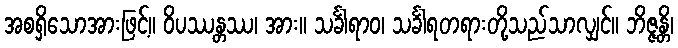
အစရှိသောအားဖြင့်။ ဝိပဿန္တဿ၊ အား။ သင်္ခါရာဝ၊ သင်္ခါရတရားတို့သည်သာလျှင်။ ဘိဇ္ဇန္တိ၊